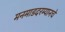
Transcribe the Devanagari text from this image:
मनमाडदरम्यानचे